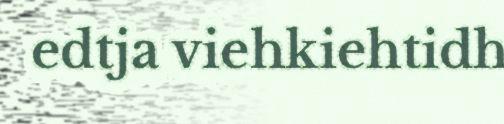
edtja viehkiehtidh